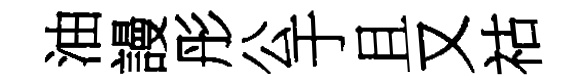
油謾彤公于且又祜